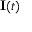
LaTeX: \mathbf { I } ( t )